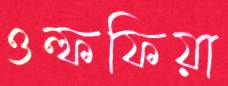
ওল্ফফিয়া